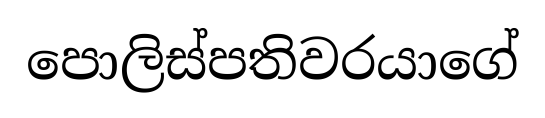
පොලිස්පතිවරයාගේ